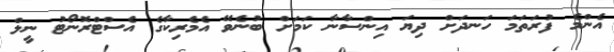
އެންމެ ފުރަތަމަ ހަނދަށް ދިޔަ އިންސާނާ ކަމަށް ބުނެވޭ އެމެރިކާގެ އެސްޓްރޮނޯޓު ނީލް